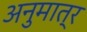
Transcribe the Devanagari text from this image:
अनुमात्र